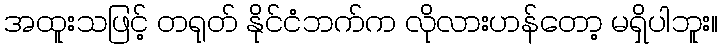
အထူးသဖြင့် တရုတ် နိုင်ငံဘက်က လိုလားဟန်တော့ မရှိပါဘူး။